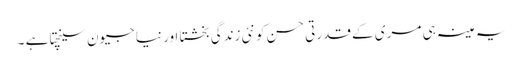
یہ مینہ ہی مری کے قدرتی حسن کو نئی زندگی بخشتا اور نیا جیون سینچتا ہے ۔